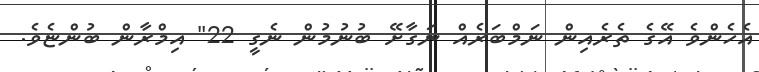
އެހެންވެ އޭގެ ތެރެއިން ނަމްބަރެއް ނަގާށޭ ބުނުމުން ނެގީ 22" އިމްރާން ބުންޏެވެ.